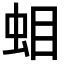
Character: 𧊁